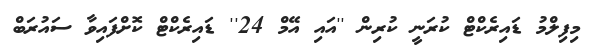
މިފިލްމު ޑައިރެކްޓް ކުރަނީ ކުރިން ''އައި އޭމް 24'' ޑައިރެކްޓް ކޮށްފައިވާ ސައުރަބް